Insane asylums Bombay 1873-77 - 1873-1877
Year: 1873
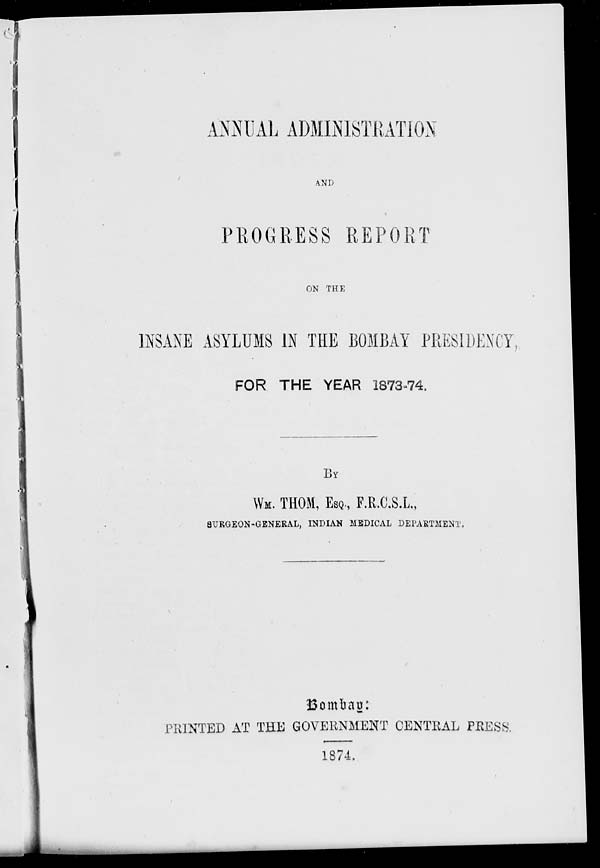
ANNUAL ADMINISTRATION
AND
PROGRESS REPORT
ON THE
INSANE ASYLUMS IN THE BOMBAY PRESIDENCY
FOR THE YEAR 1873-74.
BY
WM. THOM, ESQ., F.R.C.S.L.,
SURGEON-GENERAL, INDIAN MEDICAL DEPARTMENT
Bombay:
PRINTED AT THE GOVERNMENT CENTRAL PRESS.
1874.